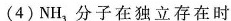
(4)NH_{3}分子在独立存在时